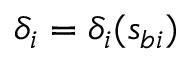
\delta _ { i } = \delta _ { i } ( s _ { b i } )